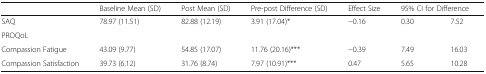
<table><thead><tr><td></td><td><b>Baseline Mean (SD)</b></td><td><b>Post Mean (SD)</b></td><td><b>Pre-post Difference (SD)</b></td><td><b>Effect Size</b></td><td colspan="2"><b>95% CI for Difference</b></td></tr></thead><tbody><tr><td>SAQ</td><td>78.97 (11.51)</td><td>82.88 (12.19)</td><td>3.91 (17.04)*</td><td>−0.16</td><td>0.30</td><td>7.52</td></tr><tr><td colspan="7">PROQoL</td></tr><tr><td>Compassion Fatigue</td><td>43.09 (9.77)</td><td>54.85 (17.07)</td><td>11.76 (20.16)***</td><td>−0.39</td><td>7.49</td><td>16.03</td></tr><tr><td>Compassion Satisfaction</td><td>39.73 (6.12)</td><td>31.76 (8.74)</td><td>7.97 (10.91)***</td><td>0.47</td><td>5.65</td><td>10.28</td></tr></tbody></table>